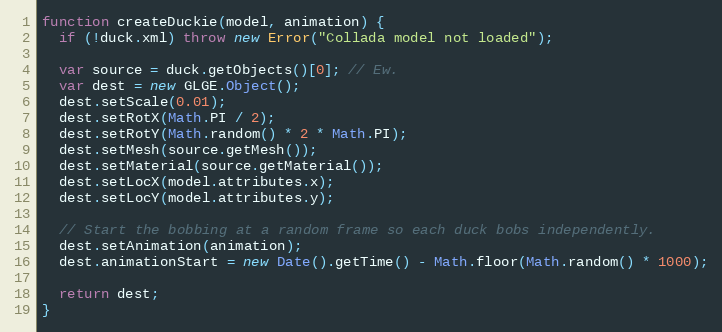
Language: JavaScript
function createDuckie(model, animation) {
  if (!duck.xml) throw new Error("Collada model not loaded");

  var source = duck.getObjects()[0]; // Ew.
  var dest = new GLGE.Object();
  dest.setScale(0.01);
  dest.setRotX(Math.PI / 2);
  dest.setRotY(Math.random() * 2 * Math.PI);
  dest.setMesh(source.getMesh());
  dest.setMaterial(source.getMaterial());
  dest.setLocX(model.attributes.x);
  dest.setLocY(model.attributes.y);

  // Start the bobbing at a random frame so each duck bobs independently.
  dest.setAnimation(animation);
  dest.animationStart = new Date().getTime() - Math.floor(Math.random() * 1000);

  return dest;
}